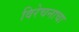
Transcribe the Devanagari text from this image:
विरेचनाचा